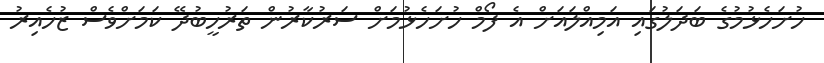
ހުށަހެޅުމުގެ ބަދަލުގައި އަމިއްލައަށް އެ ފޯމް ހުށަހެޅުމަށް ސަރުކާރުން ތަރުހީބުދޭ ކަމަށްވެސް ޒުހެއިރު